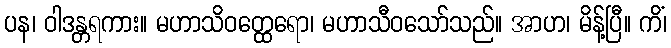
ပန၊ ဝါဒန္တရကား။ မဟာသိဝတ္ထေရော၊ မဟာသီဝသော်သည်။ အာဟ၊ မိန့်ပြီ။ ကိံ၊